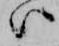
ハ